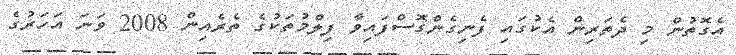
އެގޮތުން މި ދެތަރިން އެކުގައި ފެނިގެންގޮސްފައިވާ ފިލްމުތަކުގެ ތެރެއިން 2008 ވަނަ އަހަރުގެ